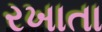
રખાતા